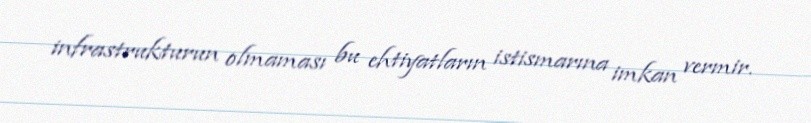
infrastrukturun olmaması bu ehtiyatların istismarına imkan vermir.